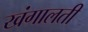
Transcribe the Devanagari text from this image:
खंगालती